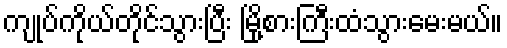
ကျုပ်ကိုယ်တိုင်သွားပြီး မြို့စားကြီးထံသွားမေးမယ်။